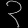
Digit: ၃